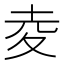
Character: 夌